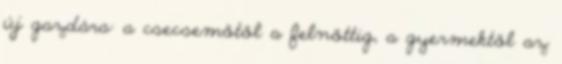
új gazdára: a csecsemőtől a felnőttig, a gyermektől az